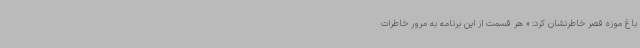
باغ موزه قصر خاطرنشان کرد: « هر قسمت از این برنامه به مرور خاطرات